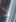
لا